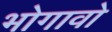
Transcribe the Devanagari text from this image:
भोगावो